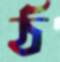
ঠ